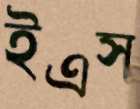
ইএস